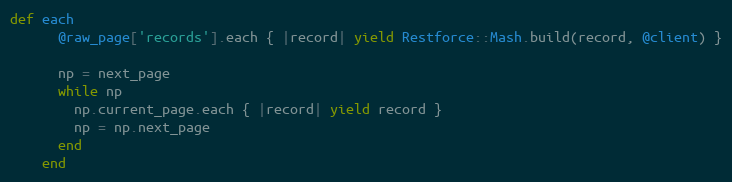
Language: Ruby
def each
      @raw_page['records'].each { |record| yield Restforce::Mash.build(record, @client) }

      np = next_page
      while np
        np.current_page.each { |record| yield record }
        np = np.next_page
      end
    end